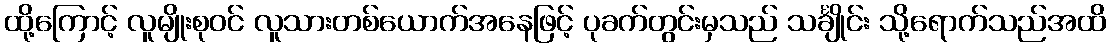
ထို့ကြောင့် လူမျိုးစုဝင် လူသားတစ်ယောက်အနေဖြင့် ပုခက်တွင်းမှသည် သင်္ချိုင်း သို့ရောက်သည်အထိ